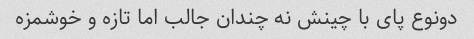
دونوع پای با چینش نه چندان جالب اما تازه و خوشمزه